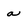
Character: a